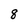
Character: 8